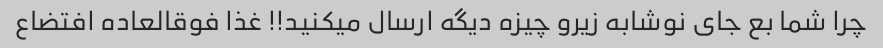
چرا شما بع جای نوشابه زیرو چیزه دیگه ارسال میکنید!! غذا فوقالعاده افتضاع